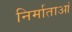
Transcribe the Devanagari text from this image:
निर्माताआं